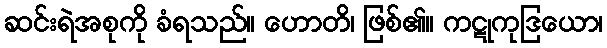
ဆင်းရဲအစုကို ခံရသည်။ ဟောတိ၊ ဖြစ်၏။ ကဋုကုဒြယော၊